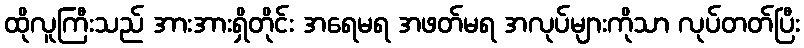
ထိုလူကြီးသည် အားအားရှိတိုင်း အရေမရ အဖတ်မရ အလုပ်များကိုသာ လုပ်တတ်ပြီး